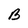
Character: B